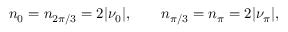
n _ { 0 } = n _ { 2 \pi / 3 } = 2 | \nu _ { 0 } | , \qquad n _ { \pi / 3 } = n _ { \pi } = 2 | \nu _ { \pi } | ,